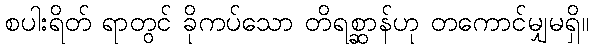
စပါးရိတ် ရာတွင် ခိုကပ်သော တိရစ္ဆာန်ဟု တကောင်မျှမရှိ။